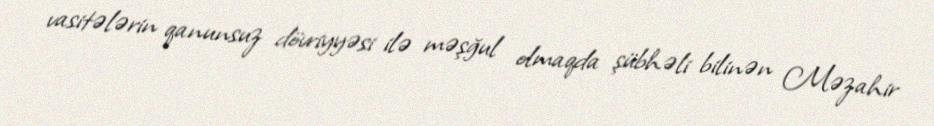
vasitələrin qanunsuz dövriyyəsi ilə məşğul olmaqda şübhəli bilinən Məzahir